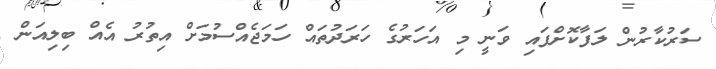
ސަރުކާރުން ލަފާކޮށްފައި ވަނީ މި އަހަރުގެ ހަރަދުތައް ހަމަޖެއްސުމަށް އިތުރު އެއް ބިލިއަން